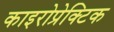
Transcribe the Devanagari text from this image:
काइरोप्रेक्टिक